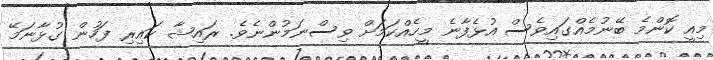
މިއީ ކޮންމެ ބޭނުމެއްގައިވެސް އުޅެފާނެ މީހެއްކަމަށް ވިސްނަމުންނެވެ. ރައިޝާ ކައިރި ފަހުން ގުޅާނަމޭ